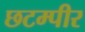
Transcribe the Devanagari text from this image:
छटम्पीर